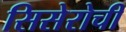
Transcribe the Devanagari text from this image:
सिसेरोची